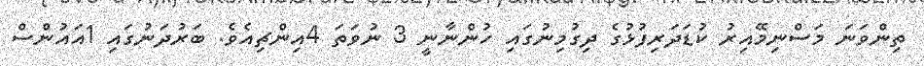
ތިންވަނަ މަސްނިމޭއިރު ކުޑަދަރިފުޅުގެ ދިގުމިނުގައި ހުންނާނީ 3 ނުވަތަ 4އިންޗިއެވެ. ބަރުދަނުގައި 1އައުންސް